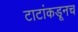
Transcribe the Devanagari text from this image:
टाटांकडूनच